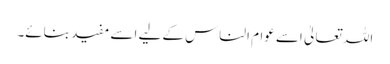
اللہ تعالیٰ اسے عوام الناس کے لیے اسے مفید بنائے۔